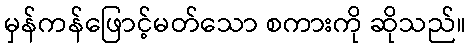
မှန်ကန်ဖြောင့်မတ်သော စကားကို ဆိုသည်။